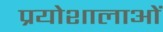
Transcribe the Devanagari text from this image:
प्रयोशालाओं